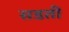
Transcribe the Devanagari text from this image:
सडती